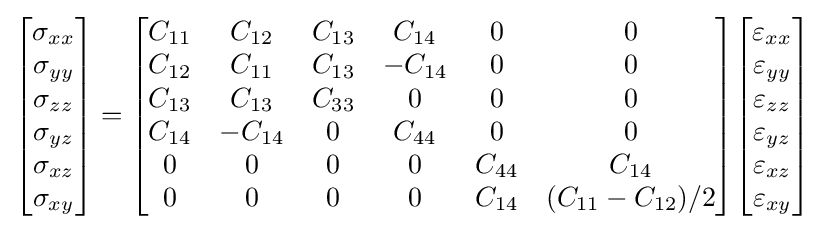
{\begin{bmatrix}\sigma _{xx}\\\sigma _{yy}\\\sigma _{zz}\\\sigma _{yz}\\\sigma _{xz}\\\sigma _{xy}\end{bmatrix}}={\begin{bmatrix}C_{11}&C_{12}&C_{13}&C_{14}&0&0\\C_{12}&C_{11}&C_{13}&-C_{14}&0&0\\C_{13}&C_{13}&C_{33}&0&0&0\\C_{14}&-C_{14}&0&C_{44}&0&0\\0&0&0&0&C_{44}&C_{14}\\0&0&0&0&C_{14}&(C_{11}-C_{12})/2\end{bmatrix}}{\begin{bmatrix}\varepsilon _{xx}\\\varepsilon _{yy}\\\varepsilon _{zz}\\\varepsilon _{yz}\\\varepsilon _{xz}\\\varepsilon _{xy}\end{bmatrix}}